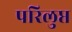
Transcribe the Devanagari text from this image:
परिलुप्त